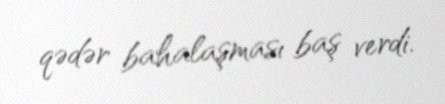
qədər bahalaşması baş verdi.